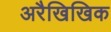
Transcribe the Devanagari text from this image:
अरैखिखिक